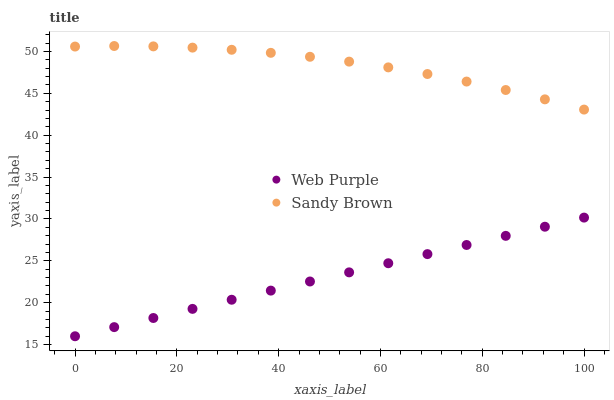
| xaxis_label | Web Purple | Sandy Brown |
 | --- | --- | --- |
 | 0 | 16 | 50.6 |
 | 7.69 | 17.1 | 50.6 |
 | 15.4 | 18.2 | 50.6 |
 | 23.1 | 19.3 | 50.5 |
 | 30.8 | 20.4 | 50.2 |
 | 38.5 | 21.4 | 49.8 |
 | 46.2 | 22.5 | 49.4 |
 | 53.8 | 23.6 | 48.8 |
 | 61.5 | 24.7 | 48.1 |
 | 69.2 | 25.8 | 47.3 |
 | 76.9 | 26.9 | 46.4 |
 | 84.6 | 28 | 45.4 |
 | 92.3 | 29.1 | 44.3 |
 | 100 | 30.2 | 43.1 |